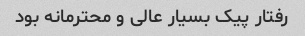
رفتار پیک بسیار عالی و محترمانه بود